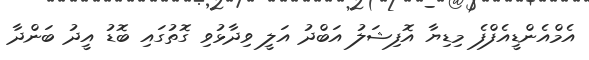
އެމްއެންޑީއެފްފެ މިޑިޔާ އޮފިޝަލު އަބްދު އަލީ ވިދާޅުވި ގޮތުގައި ބޮޑު އީދު ބަންދާ